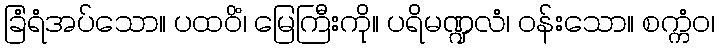
ခြံရံအပ်သော။ ပထဝိံ၊ မြေကြီးကို။ ပရိမဏ္ဍလံ၊ ဝန်းသော။ စက္ကံဝ၊